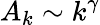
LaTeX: A_{k}\sim k^{\gamma}